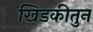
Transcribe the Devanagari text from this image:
खिडकीतुन